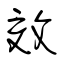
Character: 效